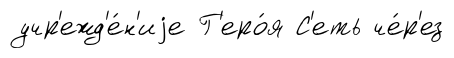
учр'ежд'е́н'иjе Г'еро́я С'еть че́р'ез